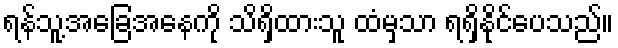
ရန်သူ့အခြေအနေကို သိရှိထားသူ ထံမှသာ ရရှိနိုင်ပေသည်။